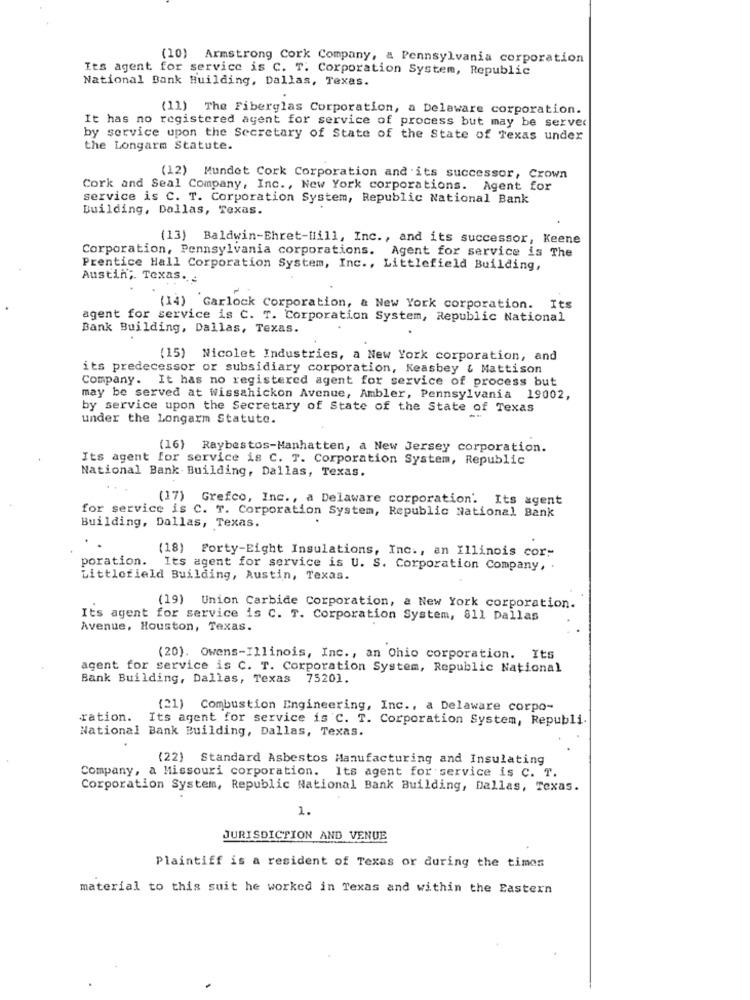
(10) Armstrong Cork Company, a Pennsylvania corporation
Its agent for service is C. T. Corporation System, Republic
National Bank Building, Dallas, Texas.
.
(11) The Fiberglas Corporation, a Delaware corporation.
It has no registered agent for service of process but may be server
by service upon the Secretary of State of the State of Texas under
the Longarm Statute.
(12) Mundet Cork Corporation and its successor, Crown
Cork and Seal Company, Inc ., New York corporations. Agent for
service is C. T. Corporation System, Republic National Bank
Building, Dallas, Texas.
(13) Baldwin-Ehret-Hill, Inc ., and its successor, Keene
Corporation, Pennsylvania corporations. Agent for service is The
Prentice Hall Corporation System, Inc ., Littlefield Building,
Austin, Texas ...
(14) Garlock Corporation, & New York corporation. Its
agent for service is C. T. Corporation System, Republic National
Bank Building, Dallas, Texas.
(15) Nicolet Industries, a New York corporation, and
its predecessor or subsidiary corporation, Keasbey & Mattison
Company. It has no registered agent for service of process but
may be served at Wissahickon Avenue, Ambler, Pennsylvania 19002,
by service upon the Secretary of State of the State of Texas
under the Longarm Statute.
(16) Raybestos-Manhatten, a New Jersey corporation.
Its agent for service is C. T. Corporation System, Republic
National Bank . Building, Dallas, Texas.
. .
(17) Grefco, Inc ., a Delaware corporation. Its agent
for service is C. T. Corporation System, Republic National Bank
Building, Dallas, Texas.
(18) Forty-Eight Insulations, Inc ., an Illinois cor:
poration. Its agent for service is U. S. Corporation Company, .
Littlefield Building, Austin, Texas.
(19) Union Carbide Corporation, a New York corporation.
Its agent for service is C. T. Corporation System, 811 Dallas
Avenue, Houston, Texas.
(20). Owens-Illinois, Inc ., an Ohio corporation. Its
agent for service is C. T. Corporation System, Republic National
Bank Building, Dallas, Texas 75201.
(21) Combustion Engineering, Inc ., a Delaware corpo-
ration.
Its agent for service is C. T. Corporation System, Republi.
National Bank Building, Dallas, Texas.
(22) Standard Asbestos Manufacturing and Insulating
Company, a Missouri corporation. Its agent for service is C. T.
Corporation System, Republic National Bank Building, Dallas, Texas.
2.
JURISDICTION AND VENUE
Plaintiff is a resident of Texas or during the times
material to this suit he worked in Texas and within the Eastern